Annual report on the mental hospital in the Central Provinces and Berar (Nagpur) - 1927-1951
Year: 1927
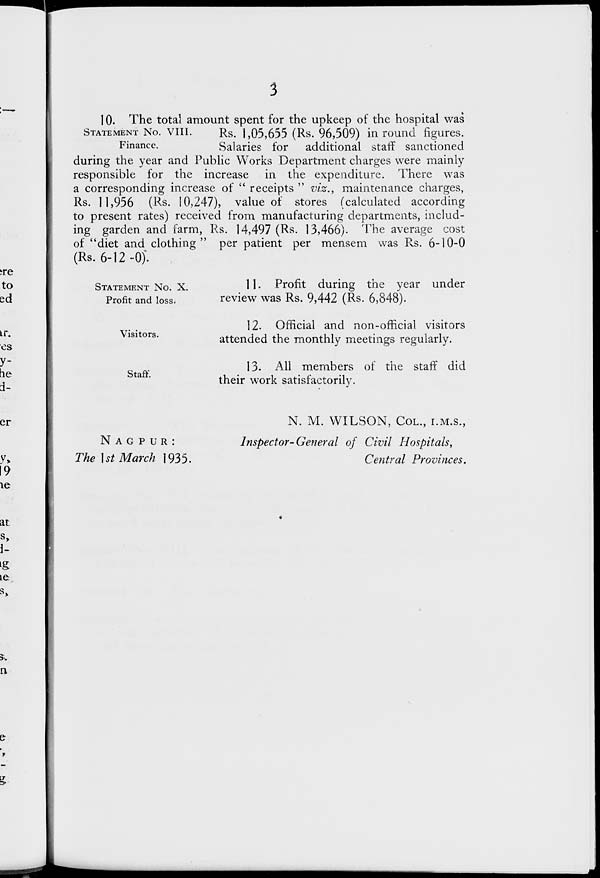
3
STATEMENT No.VIII.
Finance.
10. The total amount spent for the upkeep of the hospital was
Rs. 1,05,655 (Rs. 96,509) in round figures.
Salaries for additional staff sanctioned
during the year and Public Works Department charges were mainly
responsible for the increase in the expenditure. There was
a corresponding increase of " receipts " viz., maintenance charges,
Rs. 11,956 (Rs. 10,247), value of stores (calculated according
to present rates) received from manufacturing departments, includ-
ing garden and farm, Rs. 14,497 (Rs. 13,466). The average cost
of "diet and clothing " per patient per mensem was Rs. 6-10-0
(Rs. 6-12-0).
STATEMENT No.X.
Profit and loss.
11. Profit during the year under
review was Rs. 9,442 (Rs. 6,848).
Visitors.
12. Official and non-official visitors
attended the monthly meetings regularly.
Staff.
13. All members of the staff did
their work satisfactorily.
NAGPUR :
The 1 st March 1935.
N. M. WILSON, COL., I.M.S.,
Inspector-General of Civil Hospitals,
Central Provinces.